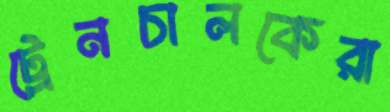
ট্রেনচালকেরা